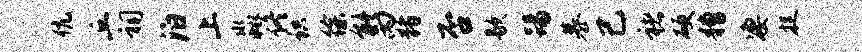
伉丘祠泊上淼佟识徐能丙猪否歇踢慕己褚硬糟凄捉